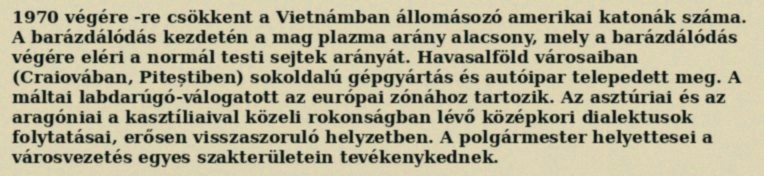
1970 végére -re csökkent a Vietnámban állomásozó amerikai katonák száma. A barázdálódás kezdetén a mag plazma arány alacsony, mely a barázdálódás végére eléri a normál testi sejtek arányát. Havasalföld városaiban (Craiovában, Piteștiben) sokoldalú gépgyártás és autóipar telepedett meg. A máltai labdarúgó-válogatott az európai zónához tartozik. Az asztúriai és az aragóniai a kasztíliaival közeli rokonságban lévő középkori dialektusok folytatásai, erősen visszaszoruló helyzetben. A polgármester helyettesei a városvezetés egyes szakterületein tevékenykednek.